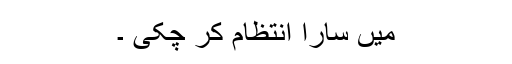
میں سارا انتظام کر چکی ۔